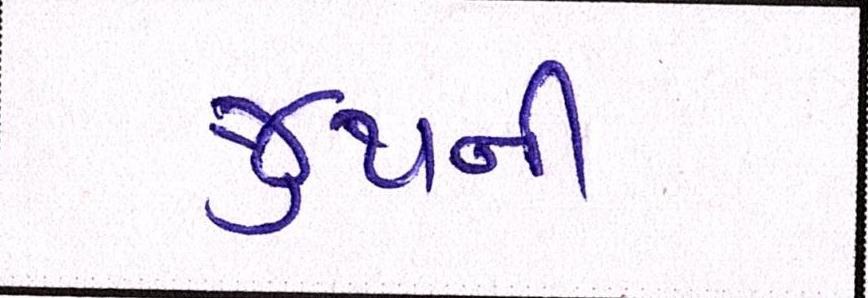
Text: જુથની